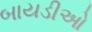
બાયડીઓ